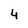
Character: 4